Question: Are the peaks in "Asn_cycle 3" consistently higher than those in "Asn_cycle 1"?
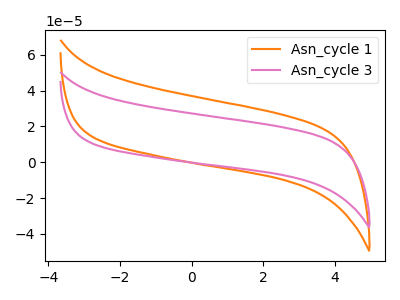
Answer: <think>The orange curve "Asn_cycle 1" has no peaks. The pink curve "Asn_cycle 3" has no peaks.</think>
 <answer>Niether CV has any peaks.</answer>
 <eval>blanks</eval>